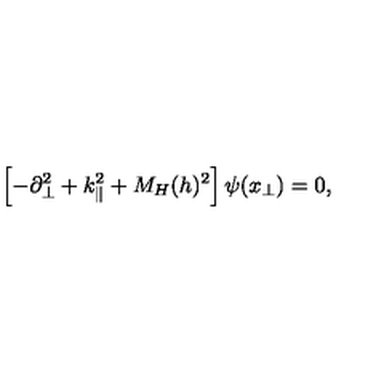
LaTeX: \left[ - \partial _ { \bot } ^ { 2 } + k _ { \| } ^ { 2 } + M _ { H } ( h ) ^ { 2 } \right] \psi ( x _ { \bot } ) = 0 ,